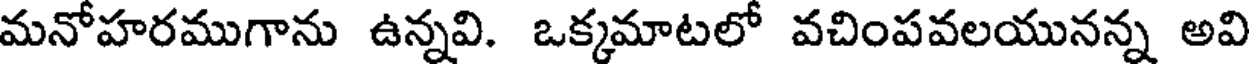
మనోహరముగాను ఉన్నవి. ఒక్కమాటలో వచింపవలయునన్న అవి